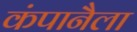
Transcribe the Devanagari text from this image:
कंपानैला